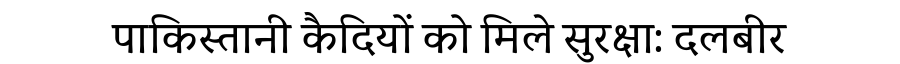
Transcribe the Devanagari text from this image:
पाकिस्तानी कैदियों को मिले सुरक्षा: दलबीर